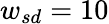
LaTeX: {w_{sd}}=10